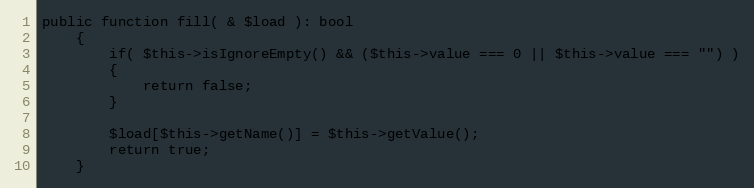
Language: PHP
public function fill( & $load ): bool
	{
		if( $this->isIgnoreEmpty() && ($this->value === 0 || $this->value === "") )
		{
			return false;
		}

		$load[$this->getName()] = $this->getValue();
		return true;
	}